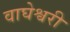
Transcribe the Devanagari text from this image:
वाघेश्वरी